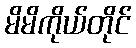
မိမိကိုယ်တိုင်